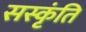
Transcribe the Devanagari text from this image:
सस्कृंति